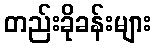
တည်းခိုခန်းများ